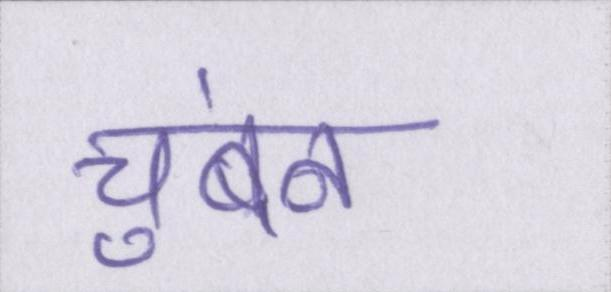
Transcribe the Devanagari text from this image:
चुंबन